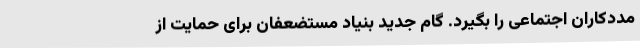
مددکاران اجتماعی را بگیرد. گام جدید بنیاد مستضعفان برای حمایت از